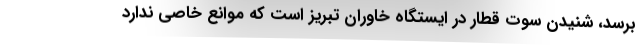
برسد، شنیدن سوت قطار در ایستگاه خاوران تبریز است که موانع خاصی ندارد